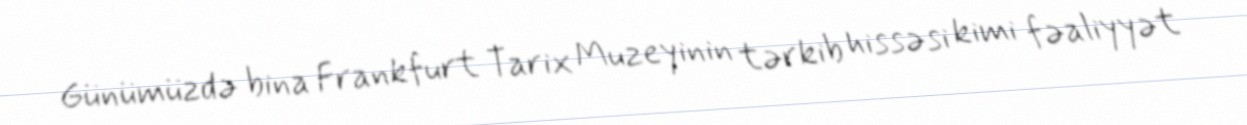
Günümüzdə bina Frankfurt Tarix Muzeyinin tərkib hissəsi kimi fəaliyyət